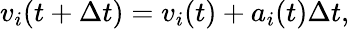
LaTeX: \begin{array}{r}{v_{i}(t+\Delta t)=v_{i}(t)+a_{i}(t)\Delta t,}\end{array}